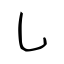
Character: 乚